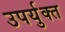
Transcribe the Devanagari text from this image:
उपर्युक्त